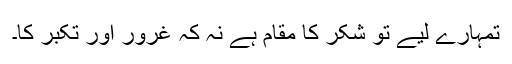
تمہارے لیے تو شکر کا مقام ہے نہ کہ غرور اور تکبر کا۔